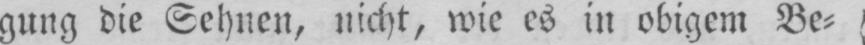
gung die Sehnen, nicht, wie es in obigem Be⸗